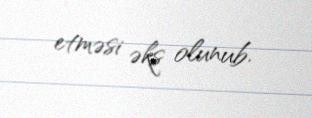
etməsi əks olunub.